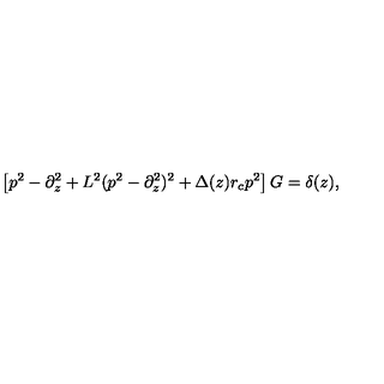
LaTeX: \left[ p ^ { 2 } - \partial _ { z } ^ { 2 } + L ^ { 2 } ( p ^ { 2 } - \partial _ { z } ^ { 2 } ) ^ { 2 } + \Delta ( z ) r _ { c } p ^ { 2 } \right] G = \delta ( z ) ,